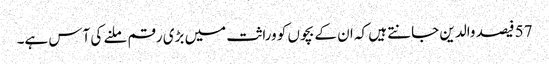
57 فیصد والدین جانتے ہیں کہ ان کے بچوں کو وراثت میں بڑی رقم ملنے کی آس ہے۔